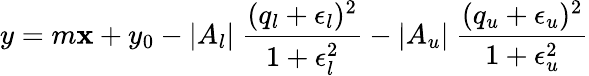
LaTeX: y=m\mathbf{x}+y_{0}-|A_{l}|\ \frac{{(q_{l}+\epsilon_{l})^{2}}}{{1+\epsilon_{l}^{2}}}-|A_{u}|\ \frac{{(q_{u}+\epsilon_{u})^{2}}}{{1+\epsilon_{u}^{2}}}